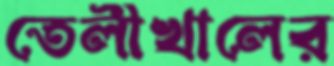
তেলীখালের